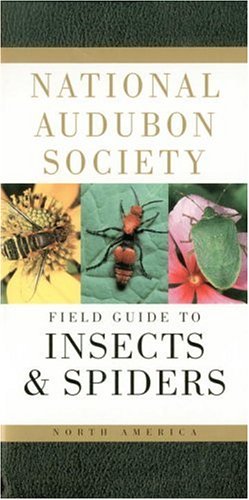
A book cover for National Audubon Society Field Guide to North American Insects and Spiders (National Audubon Society Field Guides); NATIONAL AUDUBON SOCIETY; Science & Math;